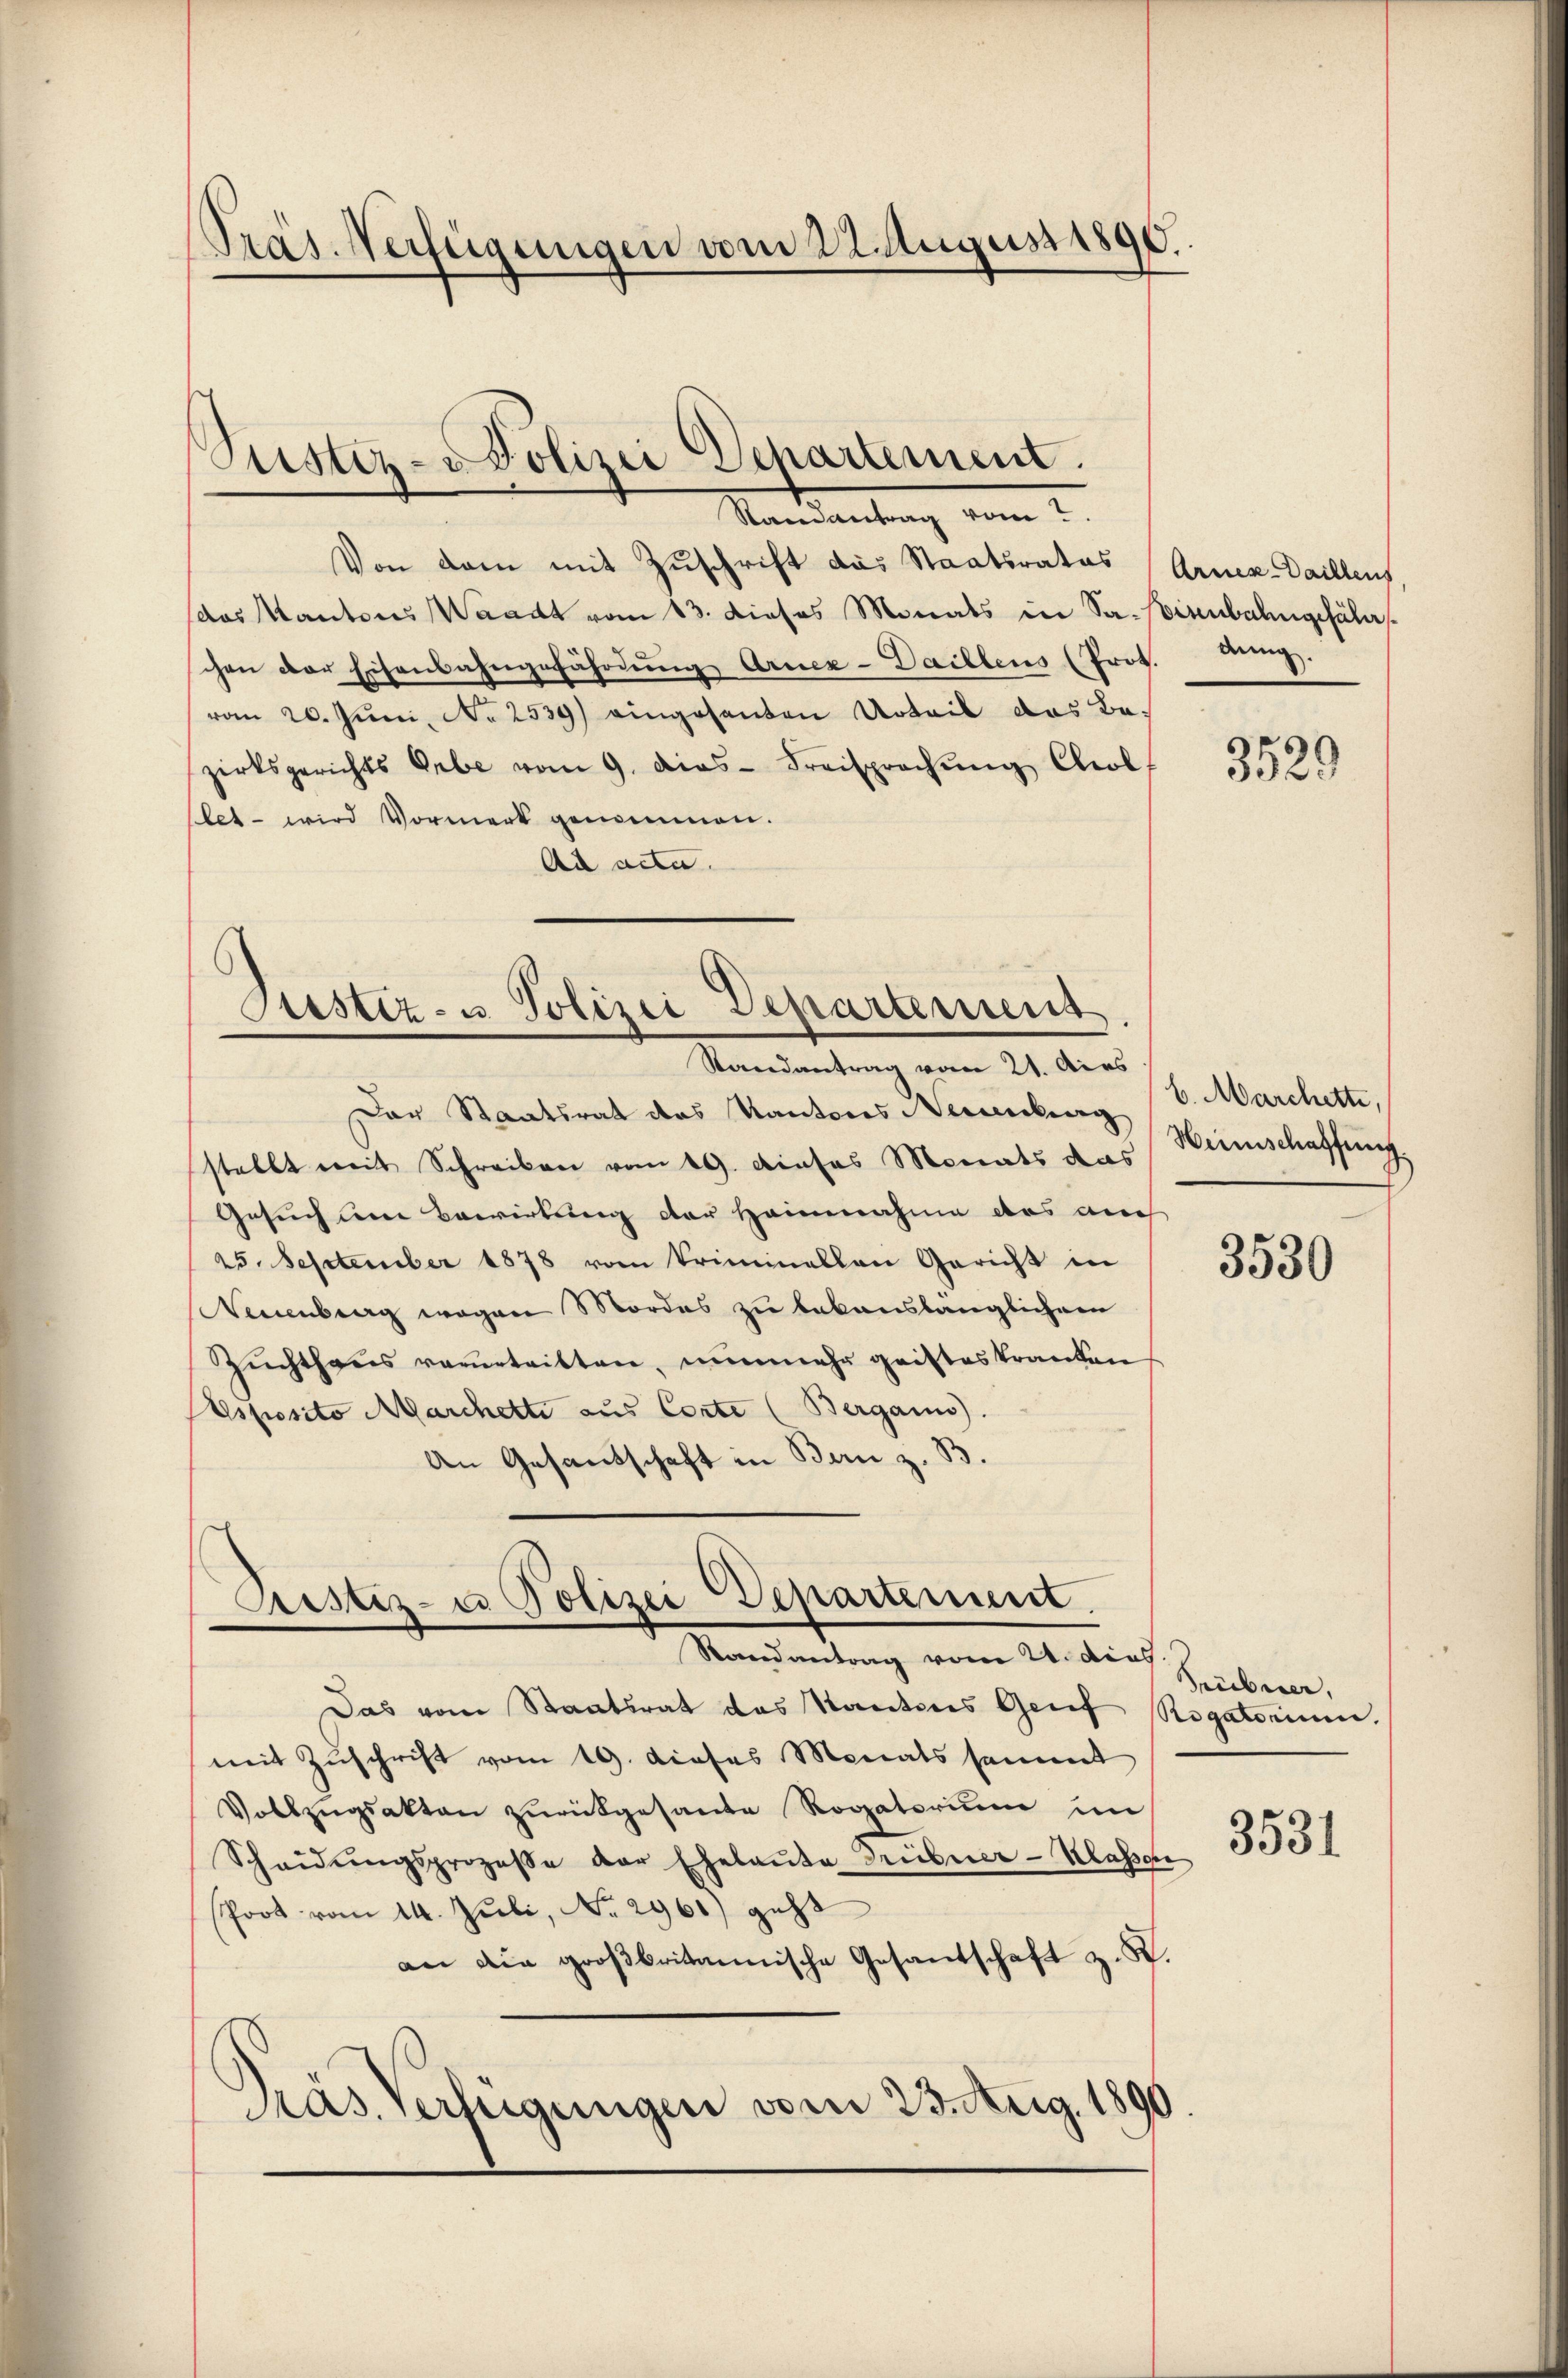
Präs. Verfügungen vom 22. August 1890.

Stister-Polizei Departement.
Randantrag vom 2.

Von dem mit Zuschrift das Staatsrates
(das Kantons Waadt vom 13. dieses Monats in Saisenbahngefähr
chen der Eisenbahngefährdung Armee-Daillens (Prot. Aug.
vom 20. Juni, No 2539) eingesanten Urteil das Bezirksgerichts Erbe vom 9. dies- Freisprachŭng Col
let - wird Vormerk genommen.
Ad acta.

)
Sistiz- u. Polizei Departement
Randantrag vom 21. dies

Pristiz- u Polizei Departement
Rocendantrag vom 21. dies

Der Staatsrat des Kantons Neuenburg
stellt mit Schreiben vom 19. dieses Monats das
Gesuch um Bewirkung der Heinnahme das auch
25. September 1878 vom Kriminellen Gericht in
Neuenburg wegen Mordes zu bekanslänglichem
Zuchthaus verurteilten, nunmehr geisteskranken
Asposito Marchette aus Corte (Berganis).
An Gesandschaft in Bern z. B.

Das vom Staatsrat das Kantons Genf Rogatorium.
mit Zuschrift vom 19. dieses Monats sammt
Vollzugsakten zurückgesandte Rogatorium im
Scheidŭngsprozesse der Ehelaŭte Treiberer Klasser
Poot vom 14. Juli, No 2961) geht
an die großbritannische Gesandschaft z. S.
Präs. Verfügungen vom 23. Aug. 1

Arnex-Daillens

6. Marcherte,
Weinschaffung.

Pribirer,
3531

3529

3530